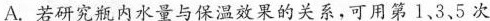
A.若研究瓶内水量与保温效果的关系，可用第1、3、5次